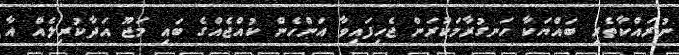
ނުރައްކާތެރި ބައްޔަކާ ހަނގުރާމަކުރަން ޖެހިފައިވާ އަންހެން ކުއްޖެއްގެ ބައި މަޖޫ އަދާކުރިލެއް އާ